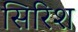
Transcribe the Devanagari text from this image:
सिरिश